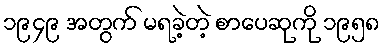
၁၉၄၉ အတွက် မရခဲ့တဲ့ စာပေဆုကို ၁၉၅၈